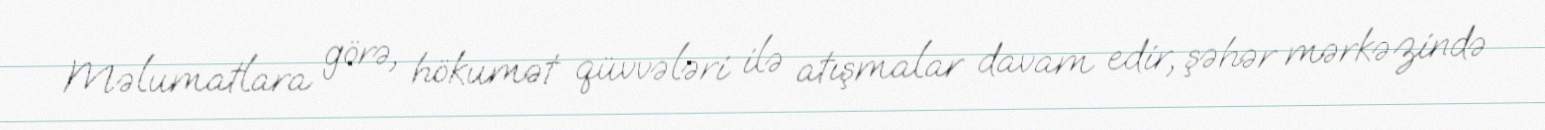
Məlumatlara görə, hökumət qüvvələri ilə atışmalar davam edir, şəhər mərkəzində